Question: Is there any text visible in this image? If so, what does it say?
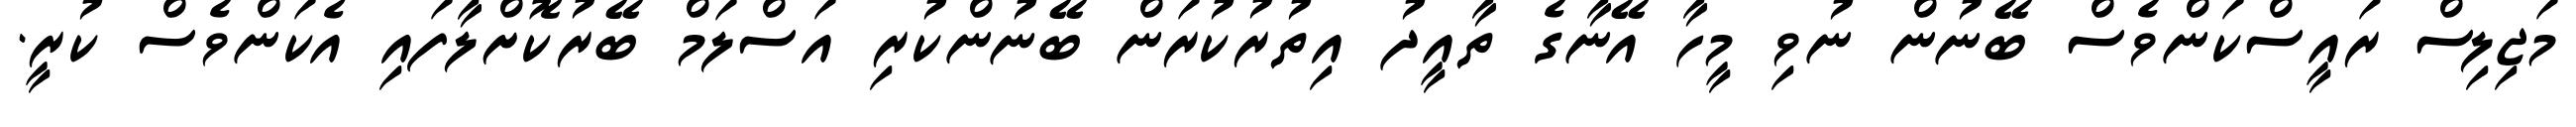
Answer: މަޖިލިސް ރައީސްކަންވެސް ބޭނުން ނުވި މީހާ އޭނާގެ ތާއީދު އިތުރުކުރަން ބޭނުންކުރި އަސްލަމް ބޭރުކޮށްލާފައި އެކަންވެސް ކުރީ.